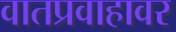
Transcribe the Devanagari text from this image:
वातप्रवाहावर